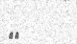
٥٠